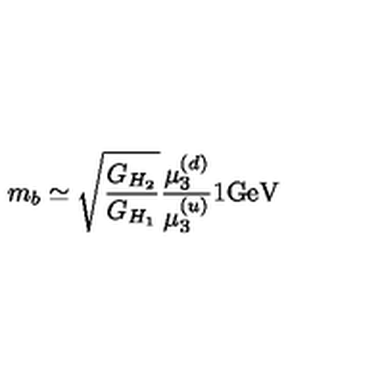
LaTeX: m _ { b } \simeq { \sqrt { \frac { G _ { H _ { 2 } } } { G _ { H _ { 1 } } } } } { \frac { \mu _ { 3 } ^ { ( d ) } } { \mu _ { 3 } ^ { ( u ) } } } { 1 } \mathrm { G e V }